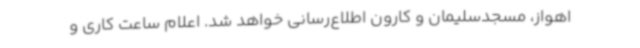
اهواز، مسجدسلیمان و کارون اطلاع‌رسانی خواهد شد. اعلام ساعت کاری و